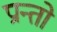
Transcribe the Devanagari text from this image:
प्रान्‍तो